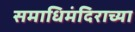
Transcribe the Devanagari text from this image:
समाधिमंदिराच्या